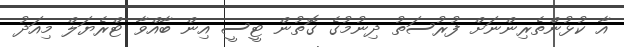
އާ ކުޅުންތެރިންނަށް ފުރުސަތު ދިނުމުގެ ގޮތުން ޓީސީ އިން ބާއްވާ ޓްރެޔަލް މިއަދު